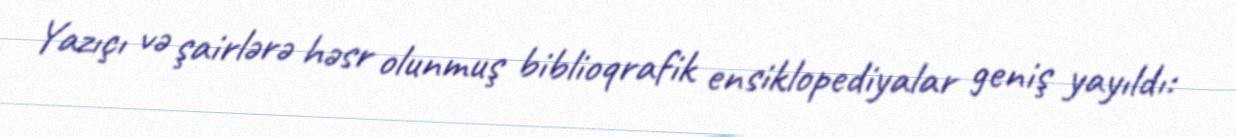
Yazıçı vә şairlәrә hәsr olunmuş biblioqrafik ensiklopediyalar geniş yayıldı: